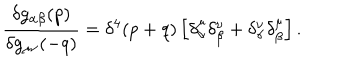
\frac { \delta g _ { \alpha \beta } ( p ) } { \delta g _ { \mu \nu } ( - q ) } = \delta ^ { 4 } ( p + q ) \left[ \delta _ { \alpha } ^ { \mu } \delta _ { \beta } ^ { \nu } + \delta _ { \alpha } ^ { \nu } \delta _ { \beta } ^ { \mu } \right] .